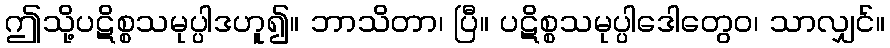
ဤသို့ပဋိစ္စသမုပ္ပါဒဟူ၍။ ဘာသိတာ၊ ပြီ။ ပဋိစ္စသမုပ္ပါဒေါတွေဝ၊ သာလျှင်။